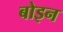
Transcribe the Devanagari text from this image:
बोइन